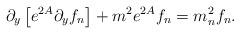
LaTeX: \begin{align*}\partial_y\left[e^{2A}\partial_yf_n\right]+m^2e^{2A}f_n=m^2_nf_n.\end{align*}